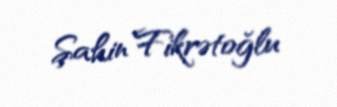
Şahin Fikrətoğlu